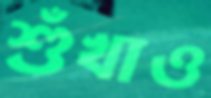
শুঁখাও